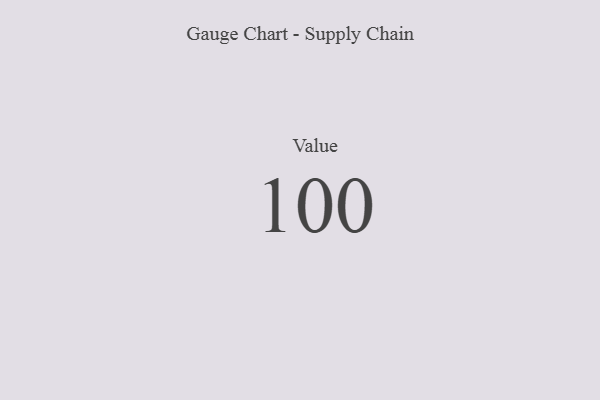
{"axis": {"x": "Metric", "y": "Value"}, "legend": [""], "data": [{"x": "Value", "y": 100, "type": ""}]}